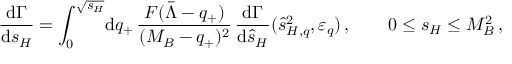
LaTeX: \frac { \mathrm { d } \Gamma } { \mathrm { d } s _ { H } } = \int _ { 0 } ^ { \sqrt { s _ { H } } } \! \mathrm { d } q _ { + } \, \frac { F ( \bar { \Lambda } - q _ { + } ) } { ( M _ { B } - q _ { + } ) ^ { 2 } } \, \frac { \mathrm { d } \Gamma } { \mathrm { d } \hat { s } _ { H } } ( \hat { s } _ { H , q } ^ { 2 } , \varepsilon _ { q } ) \, , \qquad 0 \le s _ { H } \le M _ { B } ^ { 2 } \, ,